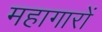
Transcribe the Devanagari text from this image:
महागारों